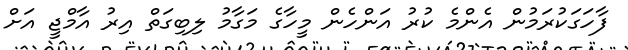
ފާހަގަކުރަމުން އެންމެ ކުރު އަންހެން މީހާގެ މަގާމު ލިބިގަތް އިރު އާމްޖީ އަށް